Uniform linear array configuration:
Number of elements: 8
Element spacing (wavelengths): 1
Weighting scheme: uniform
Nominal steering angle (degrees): -30
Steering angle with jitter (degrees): -31.057
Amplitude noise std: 0.05
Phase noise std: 0.05

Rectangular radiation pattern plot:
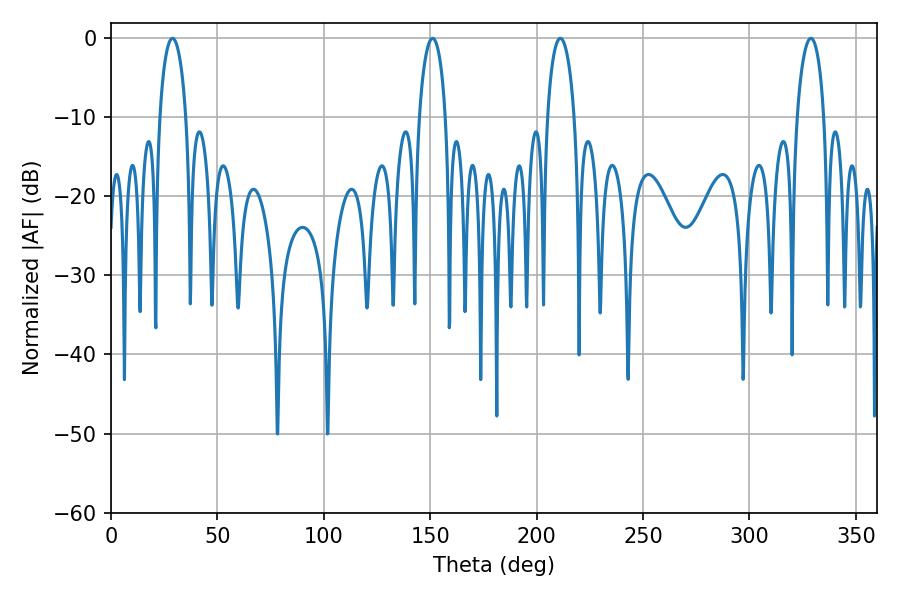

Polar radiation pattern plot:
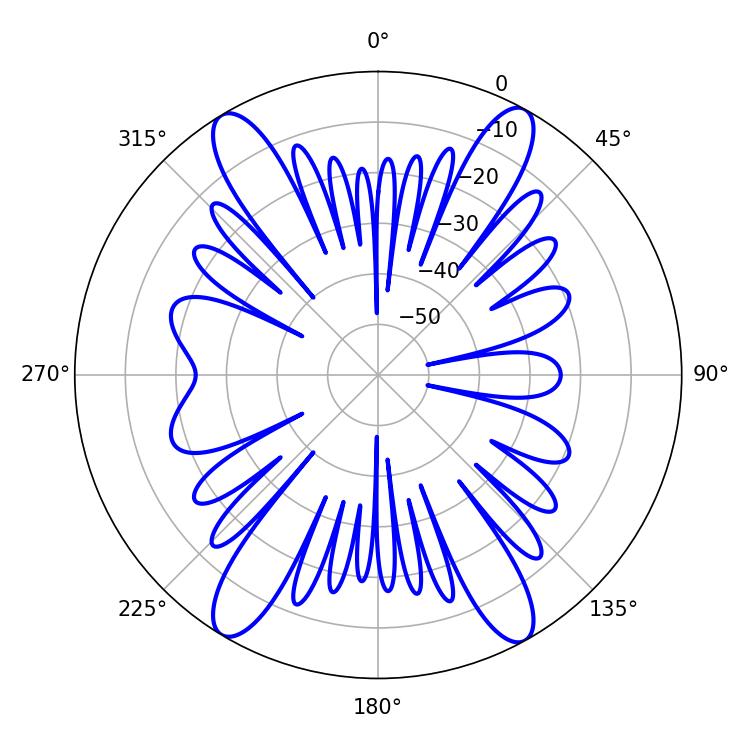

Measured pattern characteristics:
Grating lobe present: TRUE
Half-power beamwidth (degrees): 7.38
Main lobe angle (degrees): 211.14